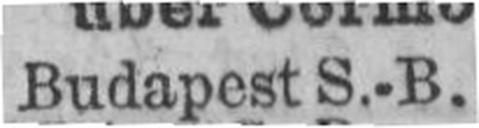
Budapest S.-B.